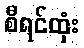
စီရင်ထုံး